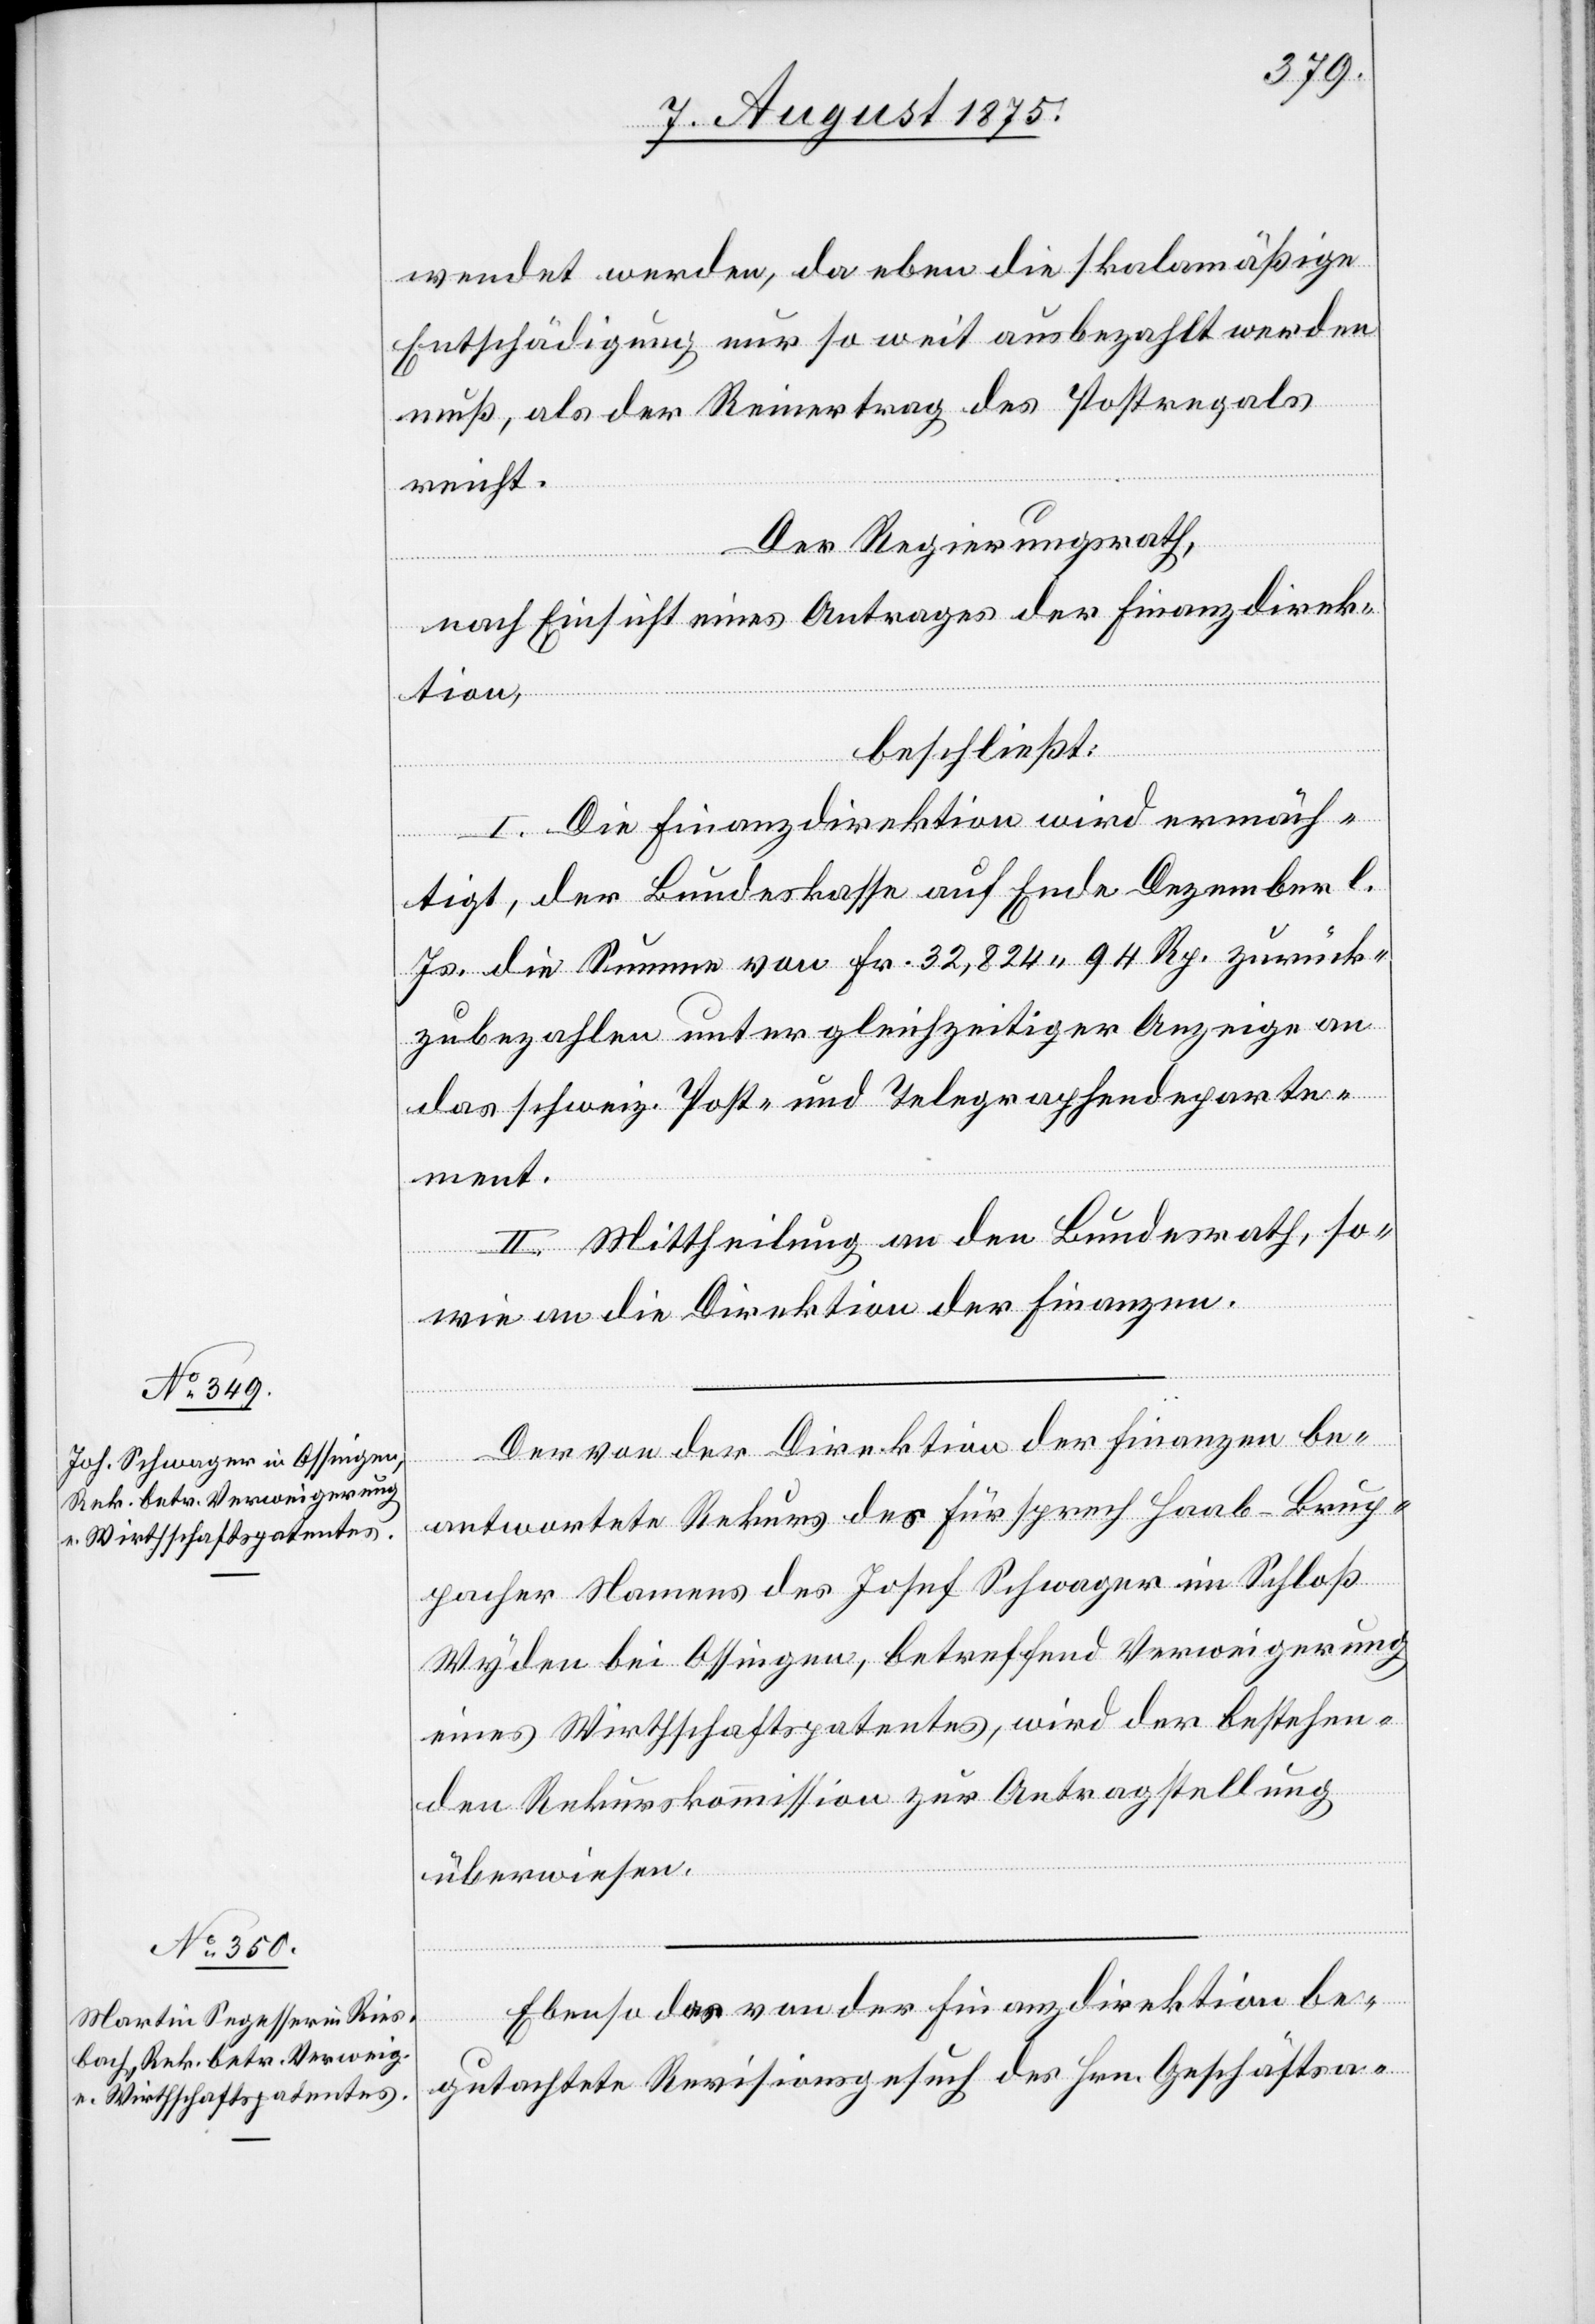
wendet werden, da eben die skalamäßige
Entschädigung nur so weit ausbezahlt werden
muß als der Reinertrag des Postregals
reicht.
Der Regierungsrath,
nach Einsicht eines Antrages der Finanzdirek¬
tion,
beschließt:
I. Die Finanzdirektion wird ermäch¬
tigt, der Bundeskasse auf Ende Dezember l.
Js. die Summe von Fr. 32,824 94 Rp. zurück¬
zubezahlen unter gleichzeitiger Anzeige an
das schweiz. Post- und Telegraphendeparte¬
ment.
II. Mittheilung an den Bundesrath, so¬
wie an die Direktion der Finanzen.
Der von der Direktion der Finanzen be¬
antwortete Rekurs des Fürsprech Haab-Brup¬
pacher Namens des Josef Schwager im Schloß
Wyden bei Ossingen, betreffend Verweigerung
eines Wirthschaftspatentes, wird der bestehen¬
den Rekurskommission zur Antragstellung
überwiesen.
Ebenso das von der Finanzdirektion be¬
gutachtete Revisionsgesuch des Hrn. Geschäftsa-